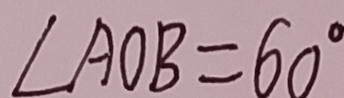
\angle A O B = 6 0 ^ { \circ }